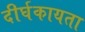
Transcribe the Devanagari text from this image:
दीर्घकायता